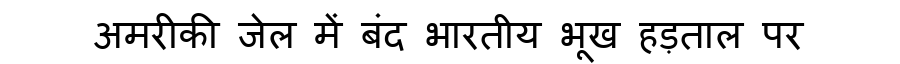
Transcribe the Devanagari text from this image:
अमरीकी जेल में बंद भारतीय भूख हड़ताल पर